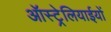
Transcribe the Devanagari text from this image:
ऑस्ट्रेलियाईयों